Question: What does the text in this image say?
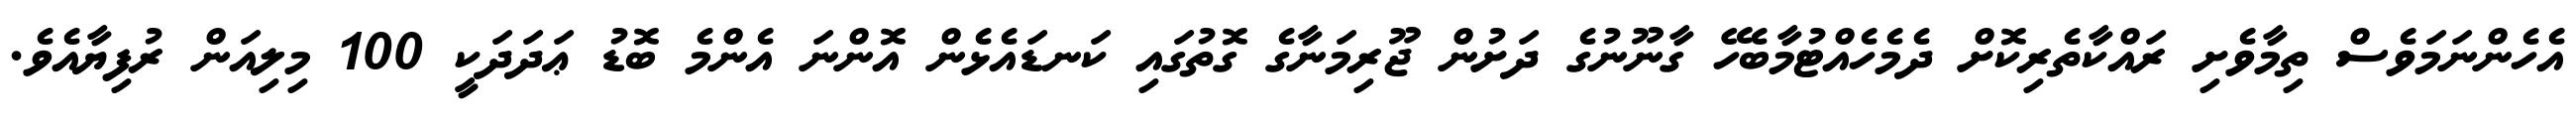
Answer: އެހެންނަމަވެސް ތިމާވެށި ރައްކާތެރިކޮށް ދެމެހެއްޓުމާބެހޭ ގާނޫނުގެ ދަށުން ޖޫރިމަނާގެ ގޮތުގައި ކަނޑައެޅެން އޮންނަ އެންމެ ބޮޑު ޢަދަދަކީ 100 މިލިއަން ރުފިޔާއެވެ.